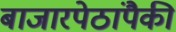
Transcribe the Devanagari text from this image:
बाजारपेठांपैकी